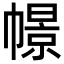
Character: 幜